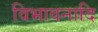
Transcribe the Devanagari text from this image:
विभावनादि